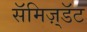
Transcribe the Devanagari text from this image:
सॅमिज़्डॅट